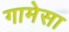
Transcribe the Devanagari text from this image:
गामेसा